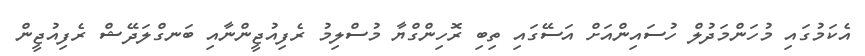
އެކަމުގައި މުހަންމަދުލް ހުސައިންއަށް އަސޭގައި ތިބި ރޮހިންގްޔާ މުސްލިމު ރެފިއުޖީންނާއި ބަނގްލަދޭޝް ރެފިއުޖީން